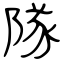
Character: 隊